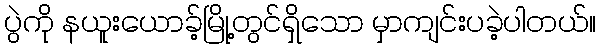
ပွဲကို နယူးယောခ့်မြို့တွင်ရှိသော မှာကျင်းပခဲ့ပါတယ်။